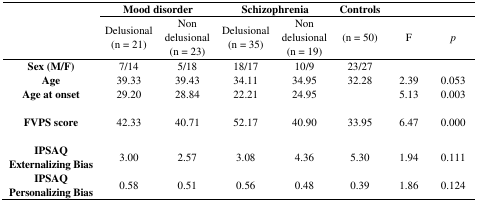
|  | <COLSPAN=2> Mood disorder | <COLSPAN=2> Schizophrenia | Controls |  |  |
 |  | Delusional (n = 21) | Non delusional (n = 23) | Delusional (n = 35) | Non delusional (n = 19) | (n = 50) | F | p |
 | --- | --- | --- | --- | --- | --- | --- | --- |
 | Sex (M/F) | 7/14 | 5/18 | 18/17 | 10/9 | 23/27 |  |  |
 | Age | 39.33 | 39.43 | 34.11 | 34.95 | 32.28 | 2.39 | 0.053 |
 | Age at onset | 29.20 | 28.84 | 22.21 | 24.95 |  | 5.13 | 0.003 |
 | FVPS score | 42.33 | 40.71 | 52.17 | 40.90 | 33.95 | 6.47 | 0.000 |
 | IPSAQ Externalizing Bias | 3.00 | 2.57 | 3.08 | 4.36 | 5.30 | 1.94 | 0.111 |
 | IPSAQ Personalizing Bias | 0.58 | 0.51 | 0.56 | 0.48 | 0.39 | 1.86 | 0.124 |